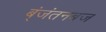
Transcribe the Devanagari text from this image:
ब्ंजंतनबज